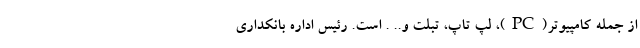
از جمله کامپیوتر(PC)، لپ تاپ، تبلت و.. . است. رئیس اداره بانکداری